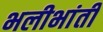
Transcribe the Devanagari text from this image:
भलीभांती